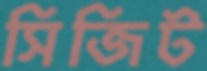
সিজিট